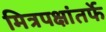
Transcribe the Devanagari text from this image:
मित्रपक्षांतर्फे